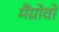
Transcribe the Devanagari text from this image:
मैंग्रोवों